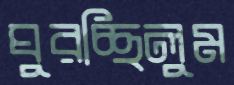
ঘুরচ্ছিলুম